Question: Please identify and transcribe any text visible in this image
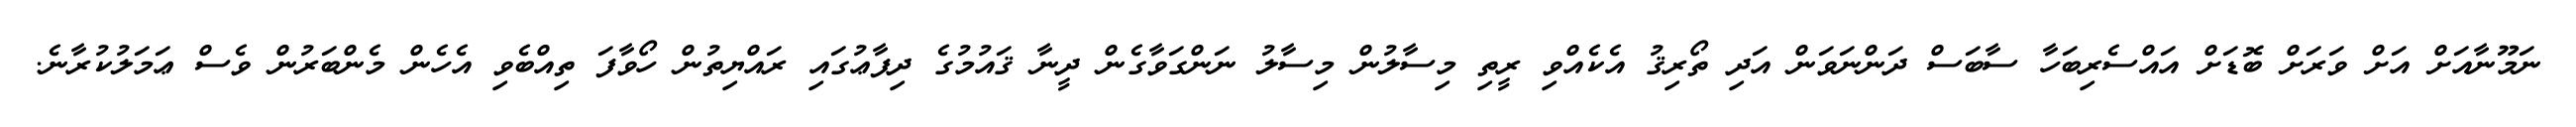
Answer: ނަމޫނާއަށް އަށް ވަރަށް ބޮޑަށް އައްސެރިބަހާ ސާބަސް ދަންނަވަން އަދި ތޯރިޤު އެކެއްވި ރީތި މިސާލުން މިސާލު ނަންގަވާގެން ދީނާ ޤައުމުގެ ދިފާޢުގައި ރައްޔިތުން ހޯވާފަ ތިއްބެވި އެހެން މެންބަރުން ވެސް ޢަމަލުކުރާނެ.